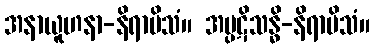
အနာယူဟနာ-နိရာမိသံ။ အပ္ပဋိသန္ဓိ-နိရာမိသံ။